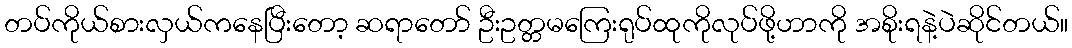
တပ်ကိုယ်စားလှယ်ကနေပြီးတော့ ဆရာတော် ဦးဥတ္တမကြေးရုပ်ထုကိုလုပ်ဖို့ဟာကို အစိုးရနဲ့ပဲဆိုင်တယ်။